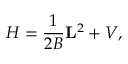
H = \frac { 1 } { 2 B } { \bf L } ^ { 2 } + V ,